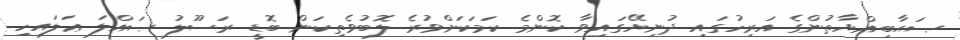
ޞަޙާބިއްޔާތުންގެ އަރިހުގައި ދުނިޔޭގައިވާ ކޮންމެ ކަމަކަށްވުރެ ލޮބުވެތިކަން ބޮޑީ ރަސޫލު ޞައްލަ ޢަލައިހި